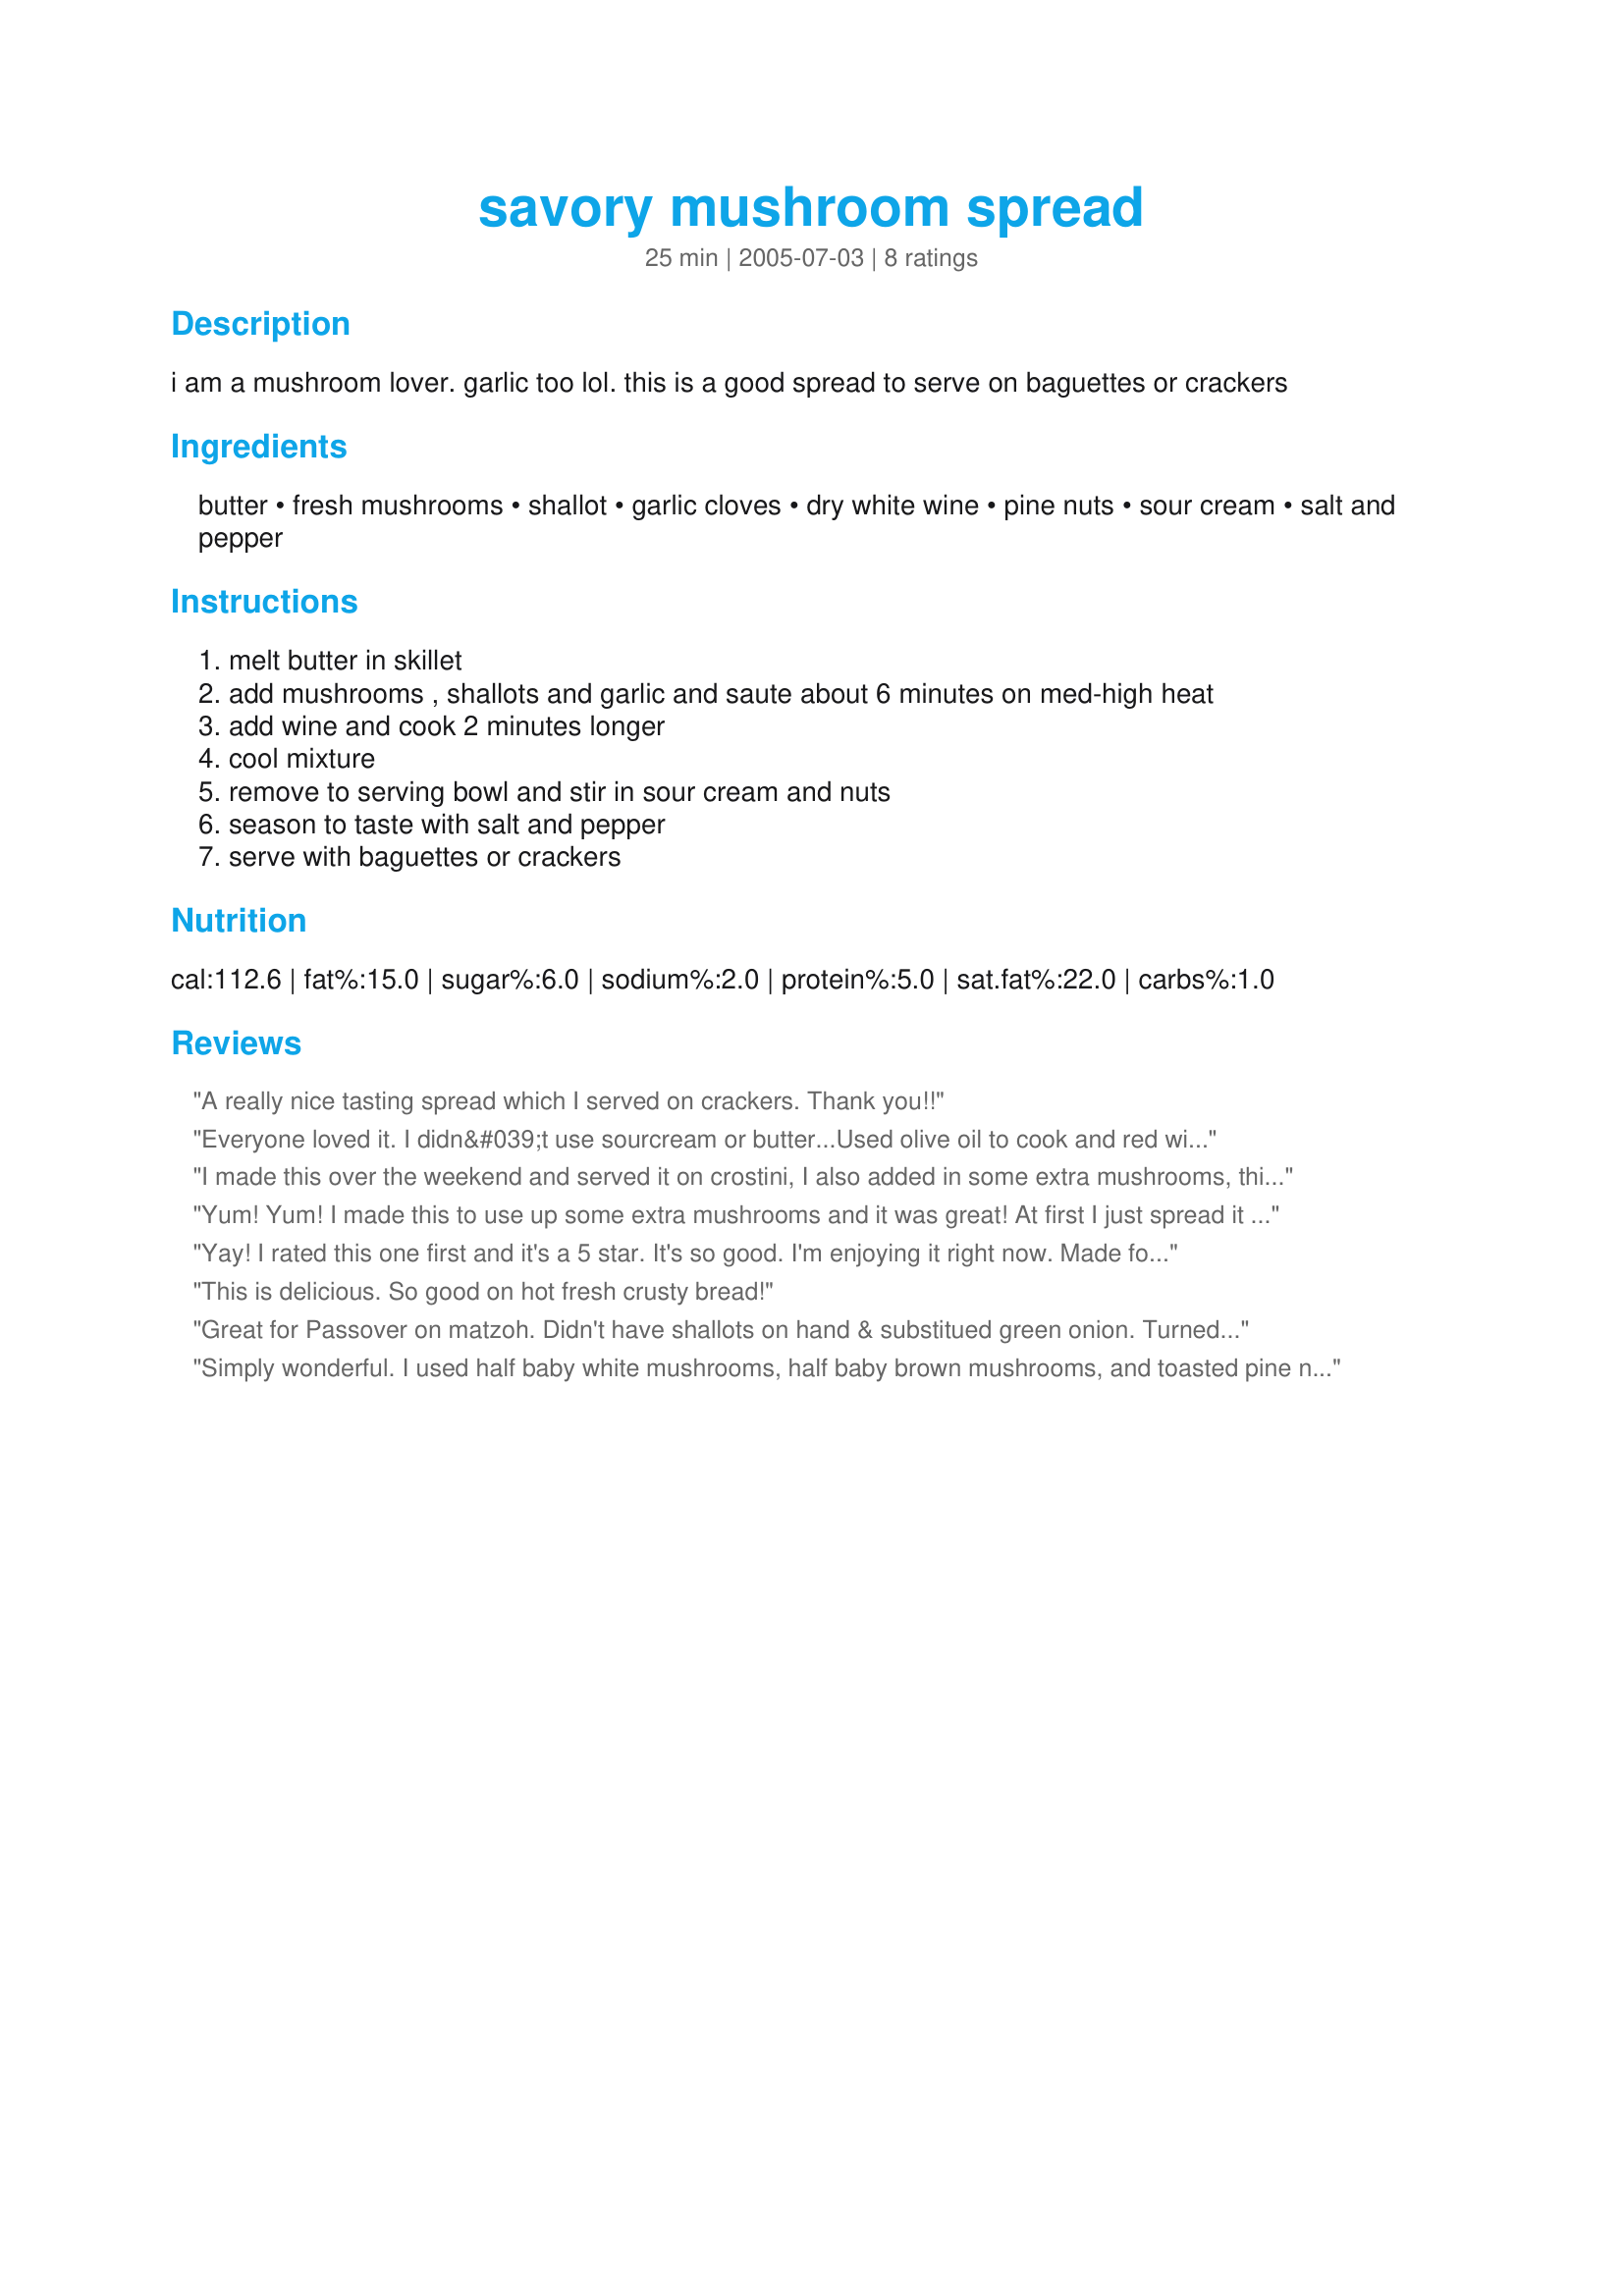
savory mushroom spread
Preparation time: 25 minutes

i am a mushroom lover. garlic too lol. this is a good spread to serve on baguettes or crackers

Ingredients:
butter, fresh mushrooms, shallot, garlic cloves, dry white wine, pine nuts, sour cream, salt and pepper

Steps:
melt butter in skillet, add mushrooms , shallots and garlic and saute about 6 minutes on med-high heat, add wine and cook 2 minutes longer, cool mixture, remove to serving bowl and stir in sour cream and nuts, season to taste with salt and pepper, serve with baguettes or crackers

Reviews:
A really nice tasting spread which I served on crackers. Thank you!!
Everyone loved it. I didn&#039;t use sourcream or butter...Used olive oil to cook and red wine instead of white.
Great, simple, and yummy
I made this over the weekend and served it on crostini, I also added in some extra mushrooms, this is delicious and plan on making it for my get togethers! thanks for sharing K!...Kitten:)
Yum! Yum! I made this to use up some extra mushrooms and it was great! At first I just spread it on crackers but the leftovers I spread on crsuty french bread and warmed slightly in the oven-so delicious! I used sliced almonds for the nuts and light sour cream. Thanks for posting :)
Yay! I rated this one first and it's a 5 star. It's so good. I'm enjoying it right now. Made for lunch along with the new recipe I spotted called garbanzo patty. This was so good on the side. I dipped corn chips in it. Thank you!
This is delicious. So good on hot fresh crusty bread!
Great for Passover on matzoh. Didn't have shallots on hand & substitued green onion. Turned out delicious.
Simply wonderful. I used half baby white mushrooms, half baby brown mushrooms, and toasted pine nuts. I spread it on toasted baguette--made a lovely, heart-warming lunch. Thanks for the post :)
